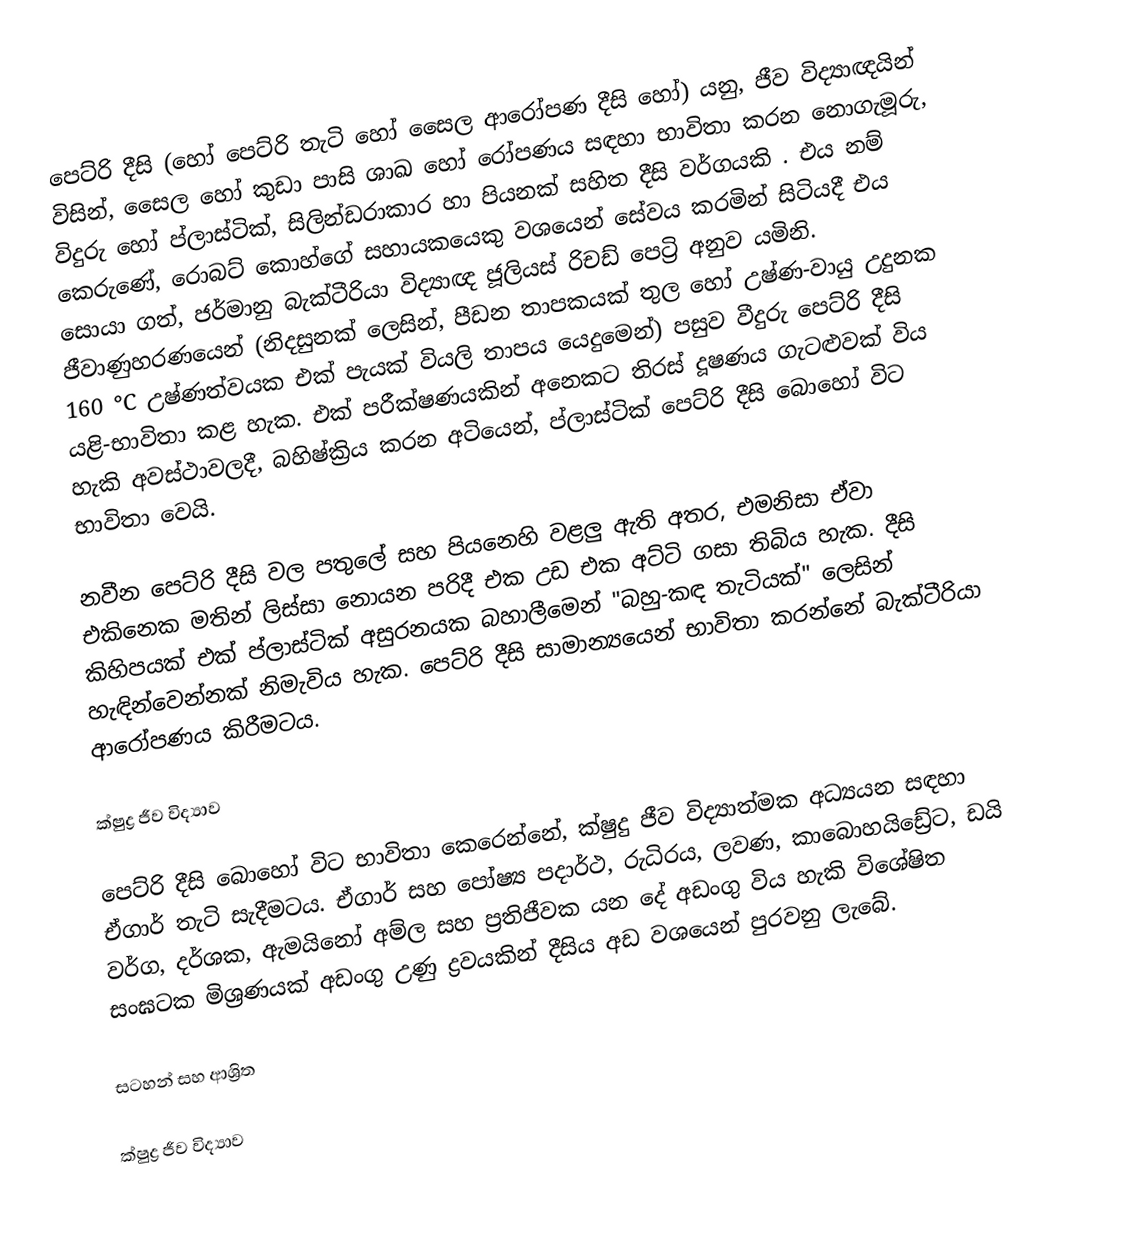
පෙට්රි දීසි (හෝ  පෙට්රි තැටි හෝ  සෛල ආරෝපණ දීසි හෝ) යනු,  ජීව විද්‍යාඥයින් විසින්,   සෛල  හෝ කුඩා පාසි ශාඛ හෝ  රෝපණය  සඳහා භාවිතා කරන නොගැමූරු,   විදුරු හෝ  ප්ලාස්ටික්,  සිලින්ඩරාකාර හා පියනක් සහිත දීසි වර්ගයකි .  එය නම් කෙරුණේ,  රොබට් කොහ්ගේ සහායකයෙකු වශයෙන් සේවය කරමින් සිටියදී එය සොයා ගත්,    ජර්මානු බැක්ටීරියා විද්‍යාඥ  ජූලියස් රිචඩ් පෙට්‍රි අනුව යමිනි. ජීවාණුහරණයෙන් (නිදසුනක් ලෙසින්, පීඩන තාපකයක් තුල හෝ උෂ්ණ-වායු උදුනක  160 °C උෂ්ණත්වයක එක් පැයක් වියලි තාපය යෙදුමෙන්) පසුව වීදුරු පෙට්රි දීසි යළි-භාවිතා කළ හැක. එක් පරීක්ෂණයකින් අනෙකට තිරස් දූෂණය ගැටළුවක් විය හැකි අවස්ථාවලදී, බහිෂ්ක්‍රිය කරන අටියෙන්, ප්ලාස්ටික් පෙට්රි දීසි බොහෝ විට භාවිතා වෙයි.

නවීන පෙට්රි දීසි වල පතුලේ සහ පියනෙහි වළලු ඇති අතර, එමනිසා ඒවා එකිනෙක මතින් ලිස්සා නොයන පරිදී එක උඩ එක අට්ටි ගසා තිබිය හැක. දීසි කිහිපයක් එක් ප්ලාස්ටික් අසුරනයක බහාලීමෙන්  "බහු-කඳ තැටියක්" ලෙසින් හැඳින්වෙන්නක් නිමැවිය හැක. පෙට්රි දීසි සාමාන්‍යයෙන් භාවිතා කරන්නේ බැක්ටීරියා ආරෝපණය කිරීමටය.

ක්ෂුද්‍ර ජීව විද්‍යාව

පෙට්රි දීසි බොහෝ විට භාවිතා කෙරෙන්නේ,   ක්ෂුදු ජීව විද්‍යාත්මක අධ්‍යයන සඳහා ඒගාර් තැටි සැදීමටය. ඒගාර් සහ පෝෂ්‍ය පදාර්ථ, රුධිරය, ලවණ, කාබොහයිඩ්‍රේට, ඩයි වර්ග, දර්ශක, ඇමයිනෝ අම්ල සහ ප්‍රතිජීවක යන දේ අඩංගු විය හැකි විශේෂිත  සංඝටක මිශ්‍රණයක් අඩංගු උණු ද්‍රවයකින් දීසිය අඩ වශයෙන්  පුරවනු ලැබේ.

සටහන් සහ ආශ්‍රිත

ක්ෂුද්‍ර ජීව විද්‍යාව